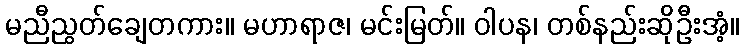
မညီညွတ်ချေတကား။ မဟာရာဇ၊ မင်းမြတ်။ ဝါပန၊ တစ်နည်းဆိုဦးအံ့။